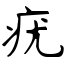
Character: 疣